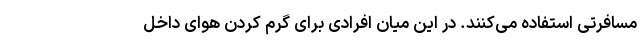
مسافرتی استفاده می‌کنند. در این میان افرادی برای گرم کردن هوای داخل